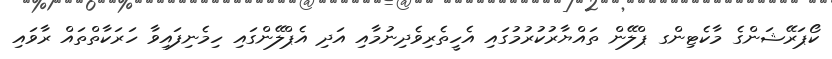
ކޯޕަރޭޝަންގެ މާކެޓިންގ ޕްލޭން ތައްޔާރުކުރުމުގައި އެހީތެރިވެދިނުމާއި އަދި އެޕްލޭންގައި ހިމެނިފައިވާ ހަރަކާތްތައް ރާވައި